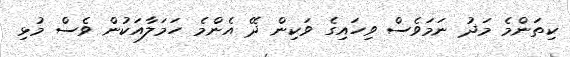
ކިތަންމެ މަދު ނަމަވެސް ވިހައިގެ ވަކިން ދޭ އެންމެ ހަމަލާއަކުން ވެސް މުޅި